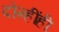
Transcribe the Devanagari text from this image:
दोन्हींही